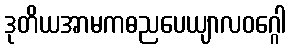
ဒုတိယအာမကဓညပေယျာလဝဂ္ဂေါ